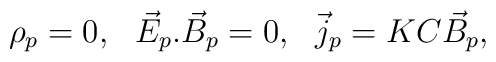
\rho_p = 0  , \ \ \vec E_p . \vec B_p = 0  , \ \ \vec j_p =KC\vec B_p ,